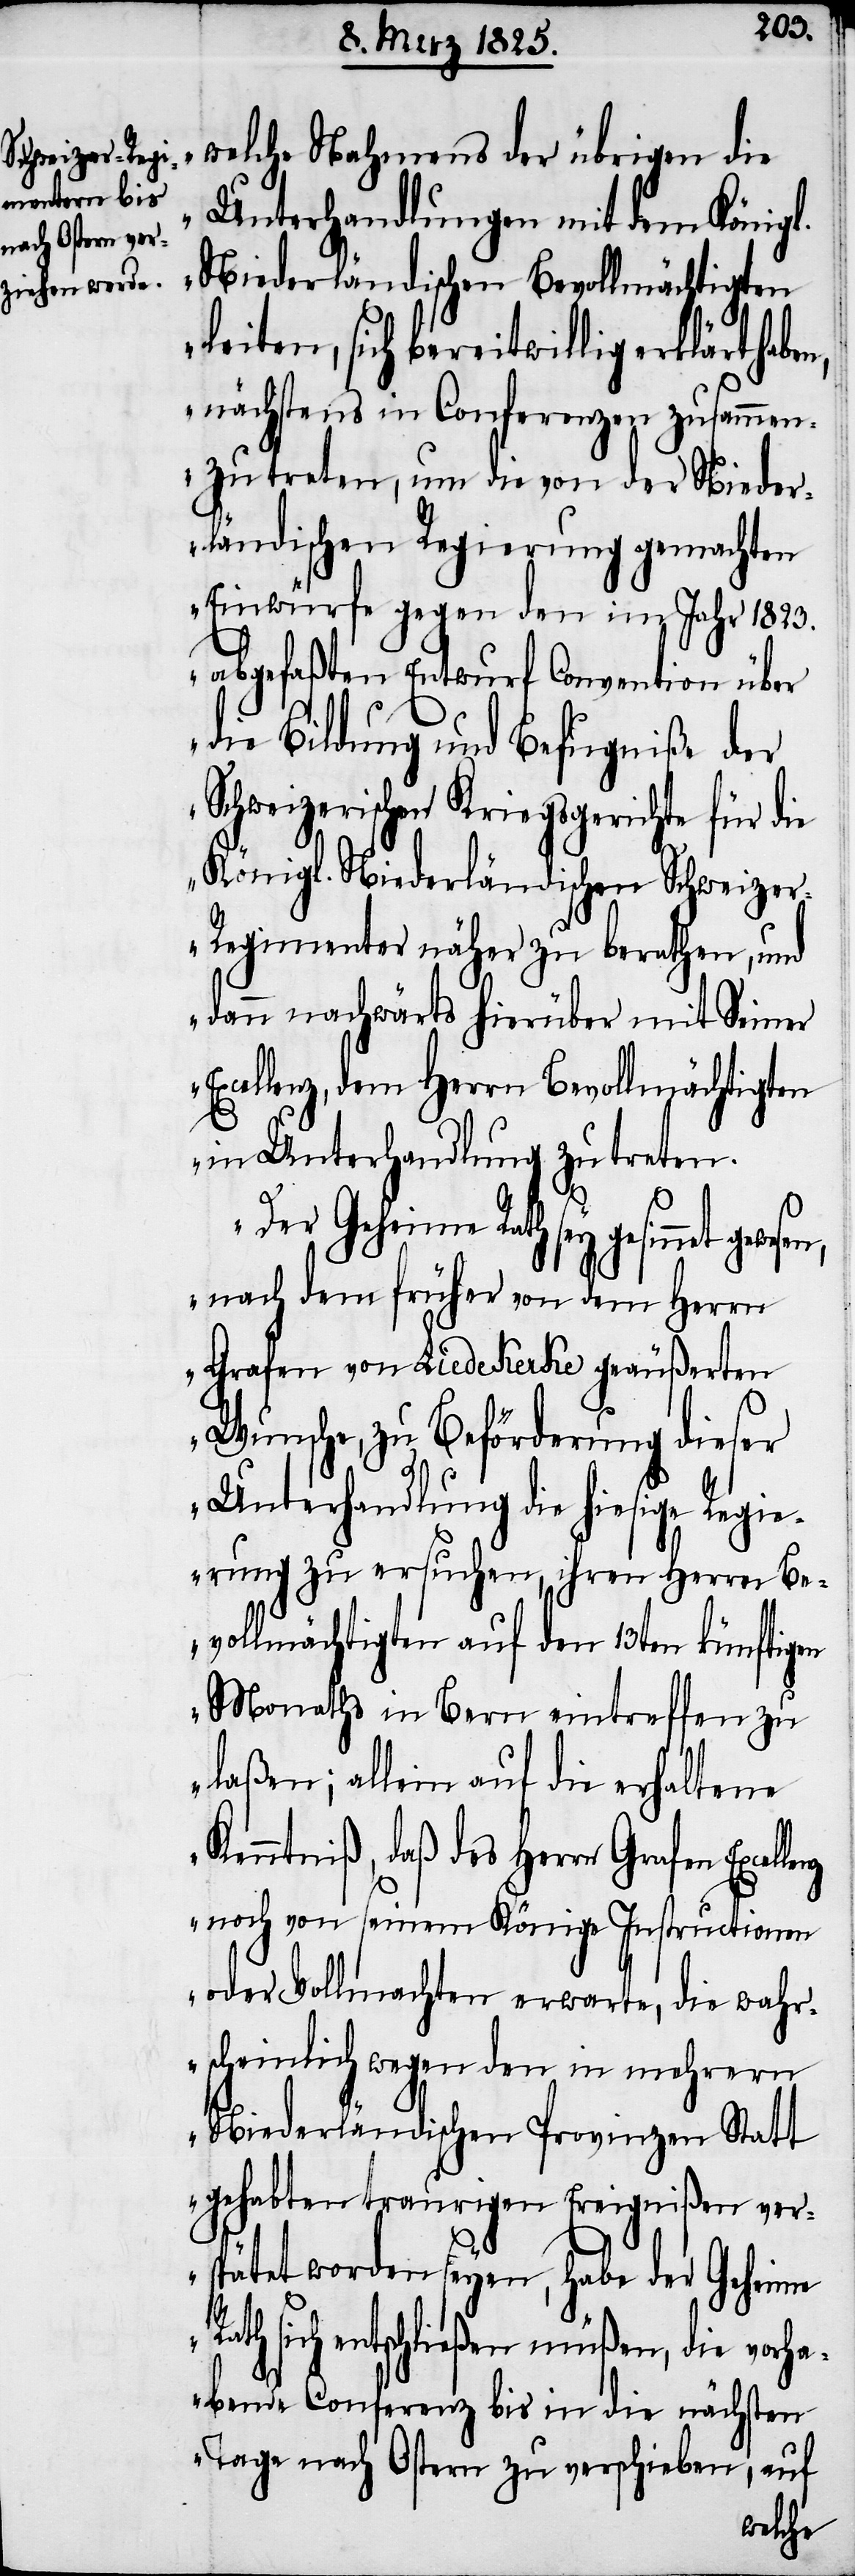
welche Nahmens der übrigen die
Unterhandlungen mit dem Königl.
Niederländischen Bevollmächtigten
leiten, sich bereitwillig erklärt
nächstens in Conferenzen zusammen¬
zutreten, um die von der Nieder¬
ländischen Regierung gemachten
Einwürfe gegen den im Jahr 1823.
abgefaßten Entwurf Convention über
die Bildung und Befugniße der
Schweizerischen Kriegsgerichte für die
Königl. Niederländischen Schweize¬
r-Regimenter näher zu berathen, und
dann nachwärts hierüber mit Seiner
Excellenz, dem Herrn Bevollmächtigten
in Unterhandlung zu treten.
Der Geheime Rath sey gesinnet
nach dem früher von dem Herrn
Grafen von Liedekerke geäußerten
Wunsche, zu Beförderung dieser
Unterhandlung die hiesige Regie¬
rung zu ersuchen, ihren Herrn Be¬
vollmächtigten auf den 13ten künftigen
Monaths in Bern eintreffen zu
laßen; allein auf die erhaltene
Kenntniß, daß des Herrn Grafen
noch von seinem Könige Instructionen
oder Vollmachten erwarte, die wahr¬
scheinlich wegen den in mehrern
Niederländischen Provinzen Statt
gehabten traurigen Ereignißen ver¬
spätet worden seyen, habe der Geheime
Rath sich entschließen müßen, die vorh¬
abende Conferenz bis in die nächsten
Tage nach Ostern zu verschieben, auf